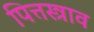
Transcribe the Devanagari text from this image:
पित्तस्त्राव